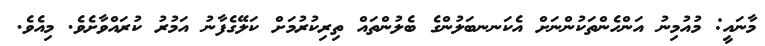
މާނައީ: މުއުމިނު އަންހެންތަކުންނަށް އެކަނނބަލުންގެ ބެލުންތައް ތިރިކުރުމަށް ކަލޭގެފާނު އަމުރު ކުރައްވާށެވެ. މިއެވެ.